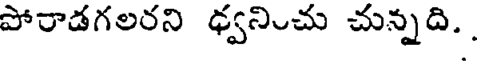
పోరాడగలరని ధ్వనించు చున్నది.